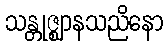
သန္တုဇ္ဈာနသညိနော